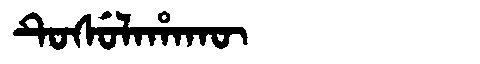
Manchu: ᡨᡠᠰᡠᠯᠠᡥᠠᡴᡡ
Romanization: TUSULAHAKŪ